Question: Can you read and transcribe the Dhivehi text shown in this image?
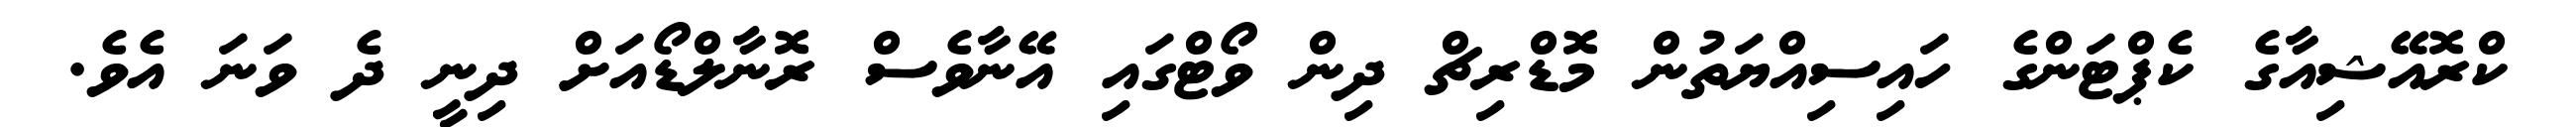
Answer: ކްރޮއޭޝިއާގެ ކެޕްޓަންގެ ހައިސިއްޔަތުން މޮޑްރިޗް ދިން ވޯޓްގައި އޭނާވެސް ރޮނާލްޑޯއަށް ދިނީ ދެ ވަނަ އެވެ.